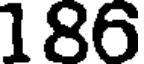
186